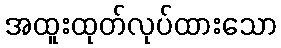
အထူးထုတ်လုပ်ထားသော